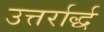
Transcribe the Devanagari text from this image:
उत्तर्रार्द्ध